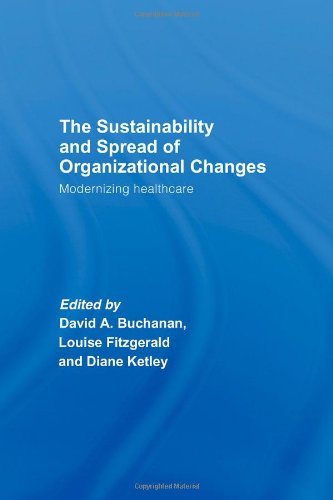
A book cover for The Spread and Sustainability of Organizational Change: Modernizing Healthcare; Medical Books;